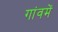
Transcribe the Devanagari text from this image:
गांवमें